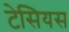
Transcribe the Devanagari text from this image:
टेसियस